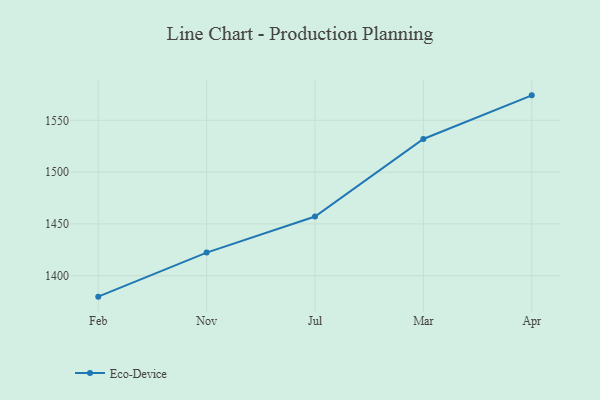
{"axis": {"x": "Month", "y": "Churn Rate (%)"}, "legend": ["Eco-Device"], "data": [{"x": "Feb", "y": 1379.8, "type": "Eco-Device"}, {"x": "Nov", "y": 1422.3, "type": "Eco-Device"}, {"x": "Jul", "y": 1457.1, "type": "Eco-Device"}, {"x": "Mar", "y": 1532.0, "type": "Eco-Device"}, {"x": "Apr", "y": 1574.1, "type": "Eco-Device"}]}